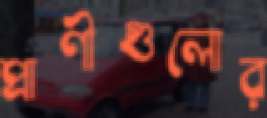
প্রাণীগুলোর